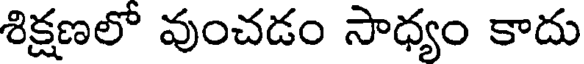
శిక్షణలో వుంచడం సాధ్యం కాదు